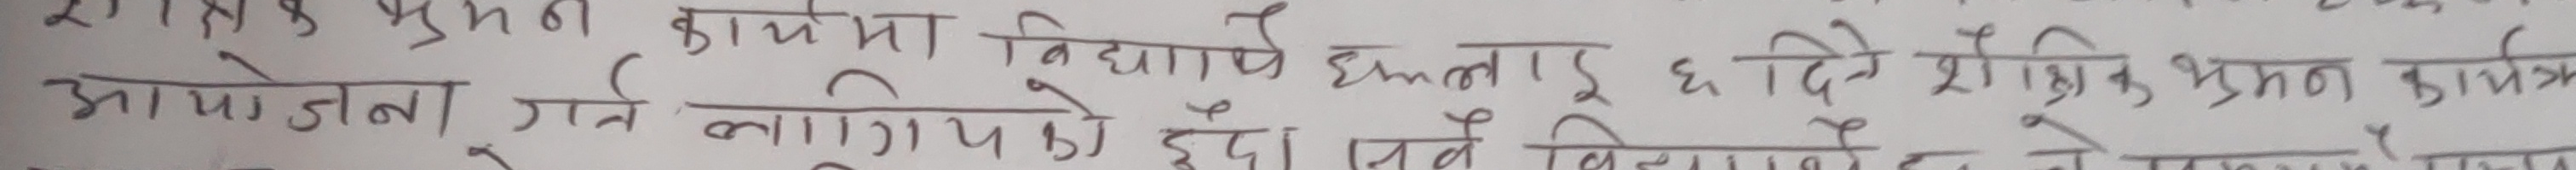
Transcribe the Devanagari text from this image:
र १ राजा कुमन कार्यमा विद्यार्थीहरूलाई ६ दिने शैक्षिक भ्रमण कार्यक्रम आयोजना गर्न लागिएको छ । यस सम्बन्धमा के लेख्नुहुन्छ ।